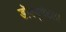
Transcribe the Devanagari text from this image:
डॉक्यूमेंटला